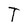
Character: T